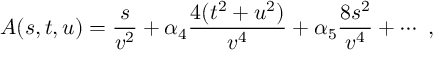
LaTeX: A ( s , t , u ) = \frac { s } { v ^ { 2 } } + \alpha _ { 4 } \frac { 4 ( t ^ { 2 } + u ^ { 2 } ) } { v ^ { 4 } } + \alpha _ { 5 } \frac { 8 s ^ { 2 } } { v ^ { 4 } } + \cdots ~ ,